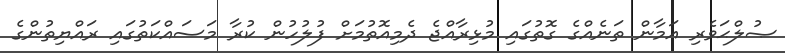
ޞުލްޙަވެރި އަމާން ތަނެއްގެ ގޮތުގައި މުޅިރާއްޖެ ދެމިއޮތުމަށް ފުލުހުން ކުރާ މަސައްކަތުގައި ރައްޔިތުންގެ